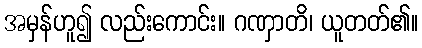
အမှန်ဟူ၍ လည်းကောင်း။ ဂဏှာတိ၊ ယူတတ်၏။